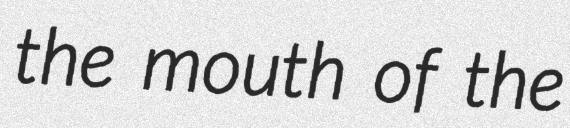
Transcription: the mouth of the